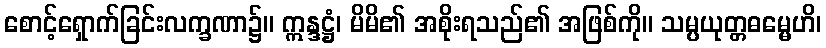
စောင့်ရှောက်ခြင်းလက္ခဏာ၌။ ဣန္ဒဋ္ဌံ၊ မိမိ၏ အစိုးရသည်၏ အဖြစ်ကို။ သမ္ပယုတ္တဓမ္မေဟိ၊